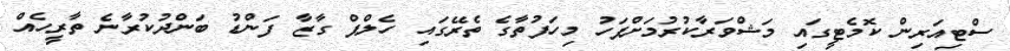
ސްޓިއަރިން ކޮމެޓީގައި މަޝްވަރާކުުރުމަށްފަހު މިހަފުތާގެ ތެރޭގައި ހެލްޕް ގާޒާ ފަަންޑު ބަންދުކުރާނެ ތާރީހެއް